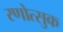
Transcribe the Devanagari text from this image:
रणोत्सुक